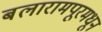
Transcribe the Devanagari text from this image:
बलारामपूरमधून